Insane asylums in Bengal annual reports 1876-1887 - 1876-1887
Year: 1876
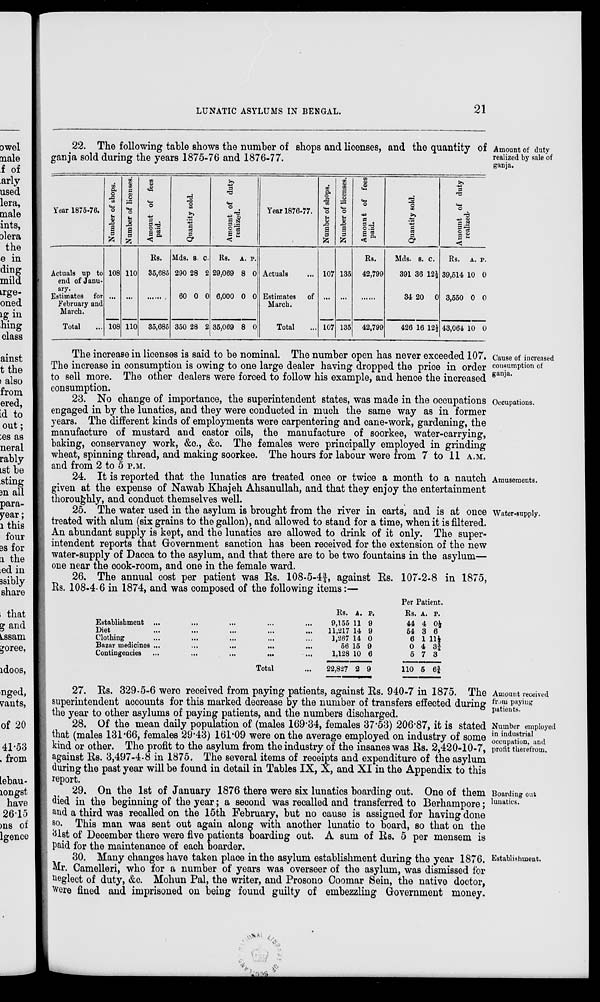
LUNATIC ASYLUMS IN BENGAL.
21
Amount of duty
realized by sale of
ganja.
22. The following table shows the number of shops and licenses, and the quantity of
ganja sold during the years 1875-76 and 1876-77.
Year 1875-76.
Actuals up to
end of Janu-
ary.
Estimates for
February and
March.
Total ...
Number of shops.
108
...
108
Number of licenses.
110
...
110
Amount of fees
paid.
Rs.
35,685
......
35,685
Quantity sold.
Mds.
290
60
350
s.
28
0
28
c.
2
0
2
Amount of duty
realized.
Rs.
29,069
6,000
35,069
A.
8
0
8
P.
0
0
0
Year 1876-77.
Actuals ...
Estimates of
March.
Total ...
Number of shops.
107
...
107
Number of licenses.
135
...
135
Amount of fees
paid.
Rs.
42,799
......
42,799
Quantity sold.
Mds.
391
34
426
s.
36
20
16
c.
12½
0
12½
Amount of duty
realized.
Rs.
39,514
3,550
43,064
A.
10
0
10
P.
0
0
0
Cause of increased
consumption of
ganja.
The increase in licenses is said to be nominal. The number open has never exceeded 107.
The increase in consumption is owing to one large dealer having dropped the price in order
to sell more. The other dealers were forced to follow his example, and hence the increased
consumption.
Occupations.
23. No change of importance, the superintendent states, was made in the occupations
engaged in by the lunatics, and they were conducted in much the same way as in former
years. The different kinds of employments were carpentering and cane-work, gardening, the
manufacture of mustard and castor oils, the manufacture of soorkee, water-carrying,
baking, conservancy work, &c., &c. The females were principally employed in grinding
wheat, spinning thread, and making soorkee. The hours for labour were from 7 to 11 A.M.
and from 2 to 5 P.M.
Amusements.
24. It is reported that the lunatics are treated once or twice a month to a nautch
given at the expense of Nawab Khajeh Ahsanullah, and that they enjoy the entertainment
thoroughly, and conduct themselves well.
Water-supply.
25. The water used in the asylum is brought from the river in carts, and is at once
treated with alum (six grains to the gallon), and allowed to stand for a time, when it is filtered.
An abundant supply is kept, and the lunatics are allowed to drink of it only. The super-
intendent reports that Government sanction has been received for the extension of the new
water-supply of Dacca to the asylum, and that there are to be two fountains in the asylum—
one near the cook-room, and one in the female ward.
26. The annual cost per patient was Rs. 108-5-4¾, against Rs. 107-2-8 in 1875,
Rs. 108-4-6 in 1874, and was composed of the following items:—
Establishment ... ... ... ... ...
Diet ... ... ... ... ...
Clothing ... ... ... ... ...
Bazar medicines ... ... ... ... ...
Contingencies ... ... ... ... ...
Total ...
Rs.
9,155
11,217
1,267
56
1,128
22,827
A.
11
14
14
15
10
2
P.
9
9
0
9
6
9
Per Patient.
Rs.
44
54
6
0
5
110
A.
4
3
1
4
7
5
P.
0½
6
11½
3¾
3
6¾
Amount received
from paying
patients.
27. Rs. 329-5-6 were received from paying patients, against Rs. 940-7 in 1875. The
superintendent accounts for this marked decrease by the number of transfers effected during
the year to other asylums of paying patients, and the numbers discharged.
Number employed
in industrial
occupation, and
profit therefrom.
28. Of the mean daily population of (males 169.34, females 37.53) 206.87, it is stated
that (males 131.66, females 29.43) 161.09 were on the average employed on industry of some
kind or other. The profit to the asylum from the industry of the insanes was Rs. 2,420-10-7,
against Rs. 3,497-4-8 in 1875. The several items of receipts and expenditure of the asylum
during the past year will be found in detail in Tables IX, X, and XI in the Appendix to this
report.
Boarding out
lunatics.
29. On the 1st of January 1876 there were six lunatics boarding out. One of them
died in the beginning of the year; a second was recalled and transferred to Berhampore;
and a third was recalled on the 15th February, but no cause is assigned for having done
so. This man was sent out again along with another lunatic to board, so that on the
31st of December there were five patients boarding out. A sum of Rs. 5 per mensem is
paid for the maintenance of each boarder.
Establishment.
30. Many changes have taken place in the asylum establishment during the year 1876.
Mr. Camelleri, who for a number of years was overseer of the asylum, was dismissed for
neglect of duty, &c. Mohun Pal, the writer, and Prosono Coomar Sein, the native doctor,
were fined and imprisoned on being found guilty of embezzling Government money.